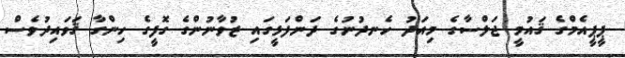
ޕީޕީއެމްގެ ޤައުމީ ޖަލްސާގެ މިއަދު ހެނދުނުގެ ދަންފަޅީގައި ޒުވާނުންގެ ގޮފީގެ ހިންގާ ޤަވައިދުވެސް